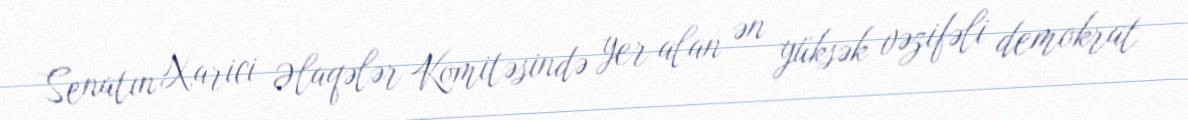
Senatın Xarici Əlaqələr Komitəsində yer alan ən yüksək vəzifəli demokrat